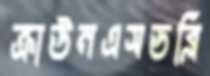
ক্রাউনএসডব্লি